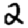
Digit: 2